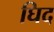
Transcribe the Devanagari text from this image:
घिद